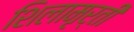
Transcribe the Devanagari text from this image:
शिलामृर्ती